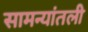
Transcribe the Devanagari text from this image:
सामन्यांतली